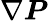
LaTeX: \nabla\boldsymbol{P}